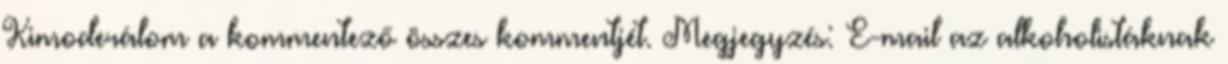
Kimoderálom a kommentező összes kommentjét. Megjegyzés: E-mail az alkoholistáknak